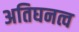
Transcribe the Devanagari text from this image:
अतिघनत्व